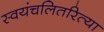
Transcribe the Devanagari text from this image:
स्वयंचलितरित्या